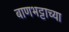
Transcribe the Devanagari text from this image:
बाणभट्टाच्या